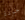
خردة